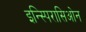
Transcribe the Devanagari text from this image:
इन्स्पिरासिओन